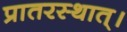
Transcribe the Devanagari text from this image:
प्रातरस्थात्।